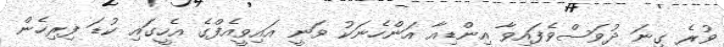
ވުރެ ގިނަ ދުވަސްވެފައިވާ އިންޑިއާ އަންހެނަކު ވަނީ އައިވީއެފްގެ އެހީގައި ކުޑަ ފިރިހެން